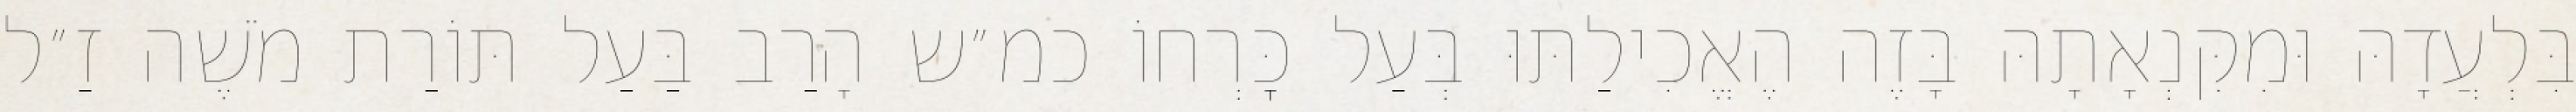
בִּלְעֲדָהּ וּמִקִּנְאָתָהּ בָּזֶה הֶאֱכִילַתּוּ בְּעַל כׇּרְחוֹ כמ״ש הָרַב בַּעַל תּוֹרַת מֹשֶׁה זַ״ל